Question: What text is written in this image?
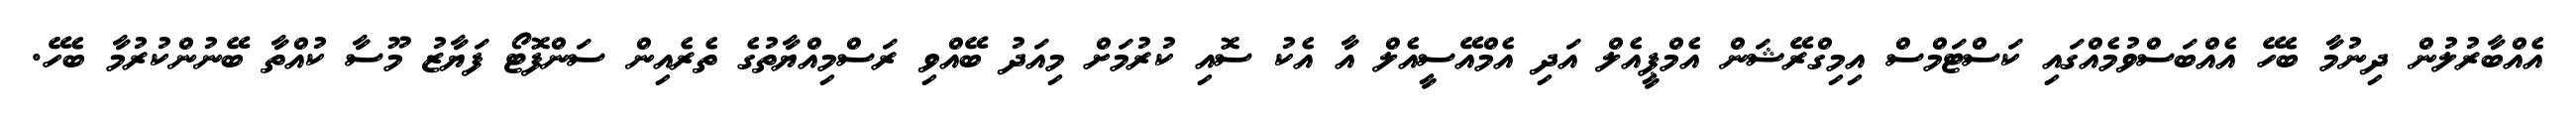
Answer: އެއްބާރުލުން ދިނުމާ ބެހޭ އެއްބަސްވުމެއްގައި ކަސްޓަމްސް އިމިގްރޭޝަން އެމްޕީއެލް އަދި އެމްއޭސީއެލް އާ އެކު ސޮއި ކުރުމަށް މިއަދު ބޭއްވި ރަސްމިއްޔާތުގެ ތެރެއިން ސަންފޮޓޯ ފަޔާޒު މޫސާ ކުއްތާ ބޭނުންކުރުމާ ބެހޭ.